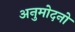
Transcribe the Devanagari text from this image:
अनुमोदनो